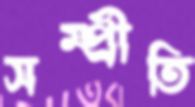
সম্প্র্রীতি